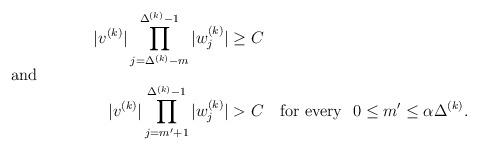
LaTeX: \begin{align*}\smash[b]{|v^{(k)}|\prod_{j=\Delta^{(k)}-m}^{\Delta^{(k)}-1}|w^{(k)}_j|}&\ge C \intertext{and} \smash[t]{|v^{(k)}| \prod_{j=m'+1}^{\Delta^{(k)}-1}|w^{(k)}_j|}&>C\quad\textrm{for every}\ \ 0\le m'\le \alpha \Delta^{(k)}. \end{align*}